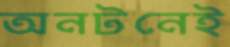
অনটনেই